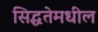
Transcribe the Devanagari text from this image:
सिद्धतेमधील